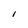
Character: l